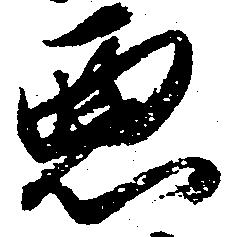
悪